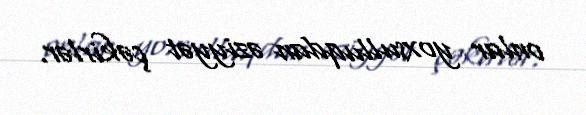
onlar yoxsulluqdan əziyyət çəkirlər.